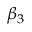
\beta _ { 3 }